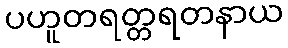
ပဟူတရတ္တရတနာယ